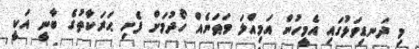
މި ދަނޑިވަޅުގައި އެމީހުން އަމިއްލަ ވަޠަނެއް ހޯދުމަށް ފެށި ޙަރަކާތުގެ ބާނީ އަކީ